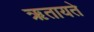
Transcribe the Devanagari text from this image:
ऋतायते